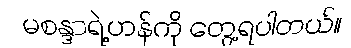
မစန္ဒာရဲ့ဟန်ကို တွေ့ရပါတယ်။